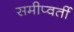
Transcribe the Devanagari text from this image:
समीप्वर्ती